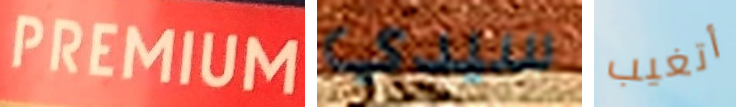
PREMIUM سيدي أتغيب